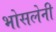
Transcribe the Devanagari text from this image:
भोसलेनी